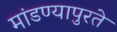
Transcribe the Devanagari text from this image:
मांडण्यापुरते